Report of the Hyderabad Chloroform Commission
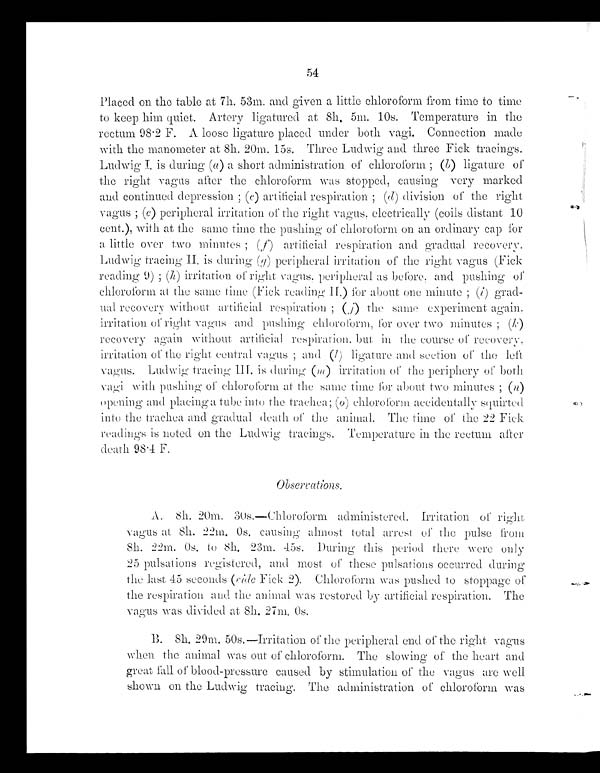
Placed on the table at 7h. 53m. and given a little chloroform from time to time
to keep him quiet. Artery ligatured at 8h. 5m. 10s. Temperature in the
rectum 98.2 F. A loose ligature placed under both vagi. Connection made
with the manometer at 8h. 20m. 15s. Three Ludwig and three Fick tracings.
Ludwig II, is during( a )
a s h o r t a d m i n i s t r a t i o n o f c h l o r o f o r m(
b )
l i g a t u r e o f
the right vagus after the chloroform was stopped, causing very marked
and continued depression ;( c )
a r t i f i c i a l . r e s p i r a t i o n (
d ) d i v i s i o n o f t h e r i g h t
vagus (e) peripheral irritation of the right vagus. electrically (coils distant 10
cent.), with at the same time the pushing of chloroform on an ordinary cap for
a little over two minutes ; (f) artificial respiration and gradual recovery
Ludwig tracing is during (g) p e r i p h e r a l i r r i t a t i o n o f t h e r i g h t v a g u s ( F i c k
reading 9) (h) irritation of right vagus. peripheral as before, and pushing of
chloroform at the same time (Fick reading II . )
f o r a b o u t o n e m i n u t e (
. i ) grad-
ual recovery without artificial respiration ; ( .j) the same experiment again,
irritation of right vagus and pushing chloroform, for over two
m i n u t e s ; (
k ) r e c o v e r y a g a i n w i t h o u t ; a r t i f i c i a l r e s p i r a t i o n . b u t i n t h e c o u r s e o f r e c o v e r y ,
irritation of the right central vagus ; and (l ) l i g a t u r e a n d s e c t i o n o f t h e l e f t
vagus. Ludwig tracing III . is during (m) irritation a the periphery of both
vagi with pushing of chloroform at the same time for about two minutes ; ( n)
opening and placing a tube into the trachea; ( o) chloroform accidentally squirted
into the trachea and gradual. death of the animal. The time of the 22 Fick
readings is noted on the Ludwig tracings. Temperature in the rectum after
death 98 . 4 F.
A. 8h. 20m. 30s.—Chloroform administered. Irritation of right
vagus at 8h. 22m. 0s. causing almost total arrest of the pulse from
8h. 22m. 0s. to 8h. 23m. 45s. During this period there were only
25 pulsations registered, and most of these pulsations occurred during
the last 45 seconds (ride Fick 2). Chloroform was pushed to stoppage of
the respiration and the animal was restored by artificial respiration. The
v a g u
s w a s d i v i d e d a t 8 h . 2 7 m . 0 s .
B. 8h. 29m. 50s.—Irritation of the peripheral end of the right vagus
when the animal was out of chloroform. The slowing of the heart and
great fall of blood-pressure caused by stimulation of the vagus are well
shown on the Ludwig tracing. The administration of chloroform was